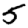
Digit: 5